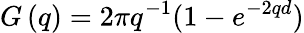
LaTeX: G\left(q\right)=2\pi q^{-1}(1-{{e}^{-2qd}})